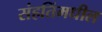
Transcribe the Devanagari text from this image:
संहतिंमधील